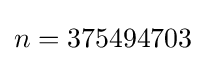
n=375494703